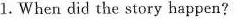
1. When did the story happen?